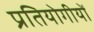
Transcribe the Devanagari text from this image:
प्रतियोगीयों